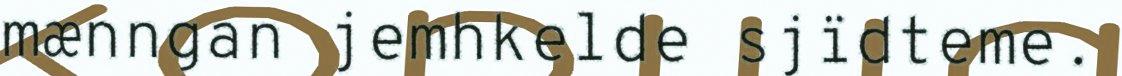
mænngan jemhkelde sjïdteme.